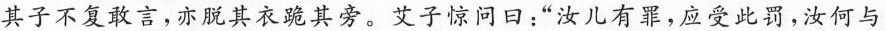
其子不复敢言，亦脱其衣跪其旁。艾子惊问日：”汝儿有罪，应受此罚，汝何与